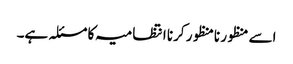
اسے منظور نامنظور کرنا انتظامیہ کا مسئلہ ہے۔